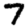
Digit: 7